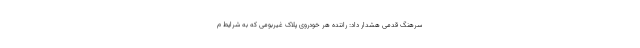
سرهنگ قدمی هشدار داد: راننده هر خودروی پلاک غیربومی که به شرایط م